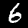
Label: 6